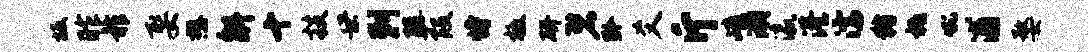
坂昨祚娶懋斛十技世剌醍葭恃檄研碧黔爻斤嶂湖瀛港濡猪祗吼浦婺